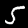
Digit: 5